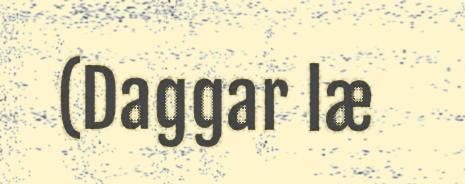
(Daggar læ